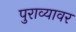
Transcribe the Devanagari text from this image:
पुराव्यावर